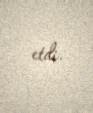
etdi.